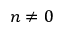
n \neq 0